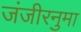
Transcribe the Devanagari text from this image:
जंजीरनुमा